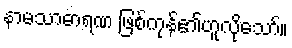
နာမသာဓာရဏ ဖြစ်ကုန်၏ဟူလိုသော်။